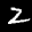
Label: 2